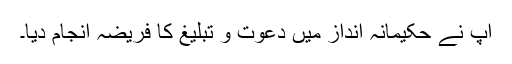
آپ نے حکیمانہ انداز میں دعوت و تبلیغ کا فریضہ انجام دیا۔